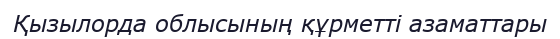
Қызылорда облысының құрметті азаматтары